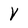
Character: V